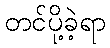
တင်ပို့ခဲ့ရာ